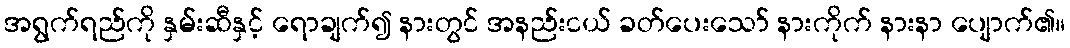
အရွက်ရည်ကို နှမ်းဆီနှင့် ရောချက်၍ နားတွင် အနည်းငယ် ခတ်ပေးသော် နားကိုက် နားနာ ပျောက်၏။